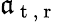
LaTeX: \mathfrak{a}_{\mathrm{{~t~,~r~}}}